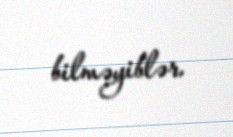
bilməyiblər.